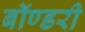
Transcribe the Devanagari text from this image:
बॉण्डरी